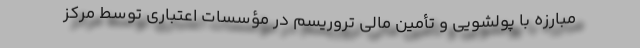
مبارزه با پولشویی و تأمین مالی تروریسم در مؤسسات اعتباری توسط مرکز